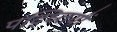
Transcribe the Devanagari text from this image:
पद्ध्तियों